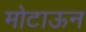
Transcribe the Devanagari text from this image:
मोटाऊन